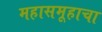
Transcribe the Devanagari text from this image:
महासमूहाचा